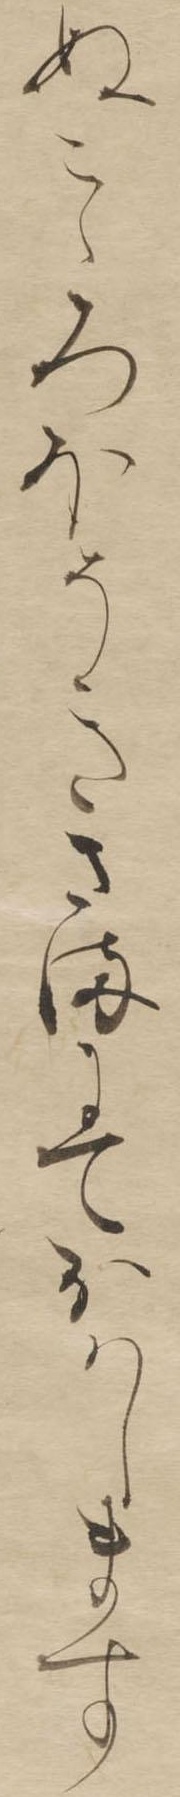
ぬこゝろほそきさまにておはします